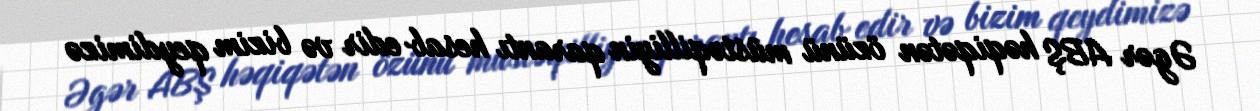
Əgər ABŞ həqiqətən özünü müstəqilliyin qarantı hesab edir və bizim qeydimizə